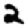
Digit: 2